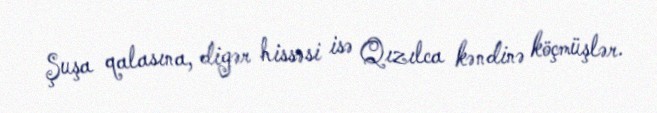
Şuşa qalasına, digər hissəsi isə Qızılca kəndinə köçmüşlər.